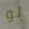
لو